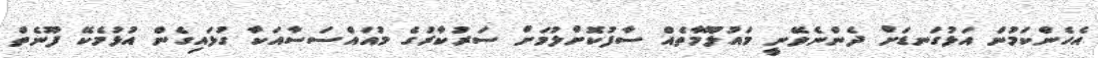
އެހެންކަމުން އަޅުގަނޑަށް ދެންނެވޭނީ މައުލޫމާތެއް ސާފުކޮށްލުމަށް ސަރުކާރުގެ މުއައްސަސާއަކާ ގުޅައިގެން އުޅުމެކޭ ފޫނެތް